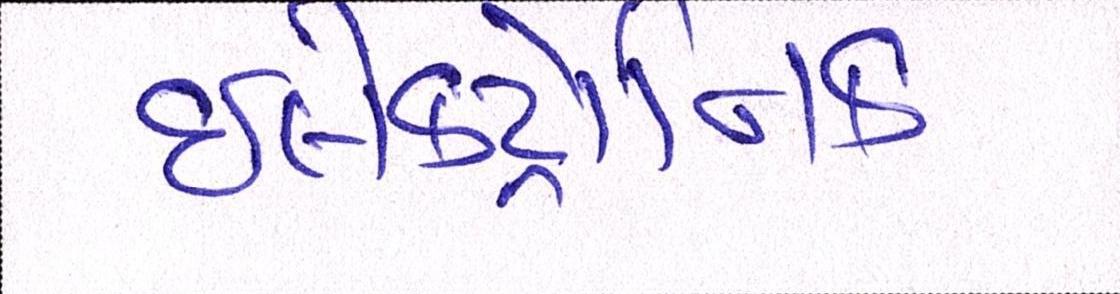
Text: ઇલેક્ટ્રોનિક